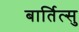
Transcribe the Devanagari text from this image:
बार्तित्सु